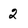
Character: 2